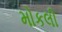
મોકલી